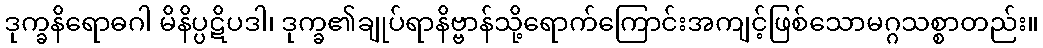
ဒုက္ခနိရောဓဂါ မိနိပ္ပဋိပဒါ၊ ဒုက္ခ၏ချုပ်ရာနိဗ္ဗာန်သို့ရောက်ကြောင်းအကျင့်ဖြစ်သောမဂ္ဂသစ္စာတည်း။